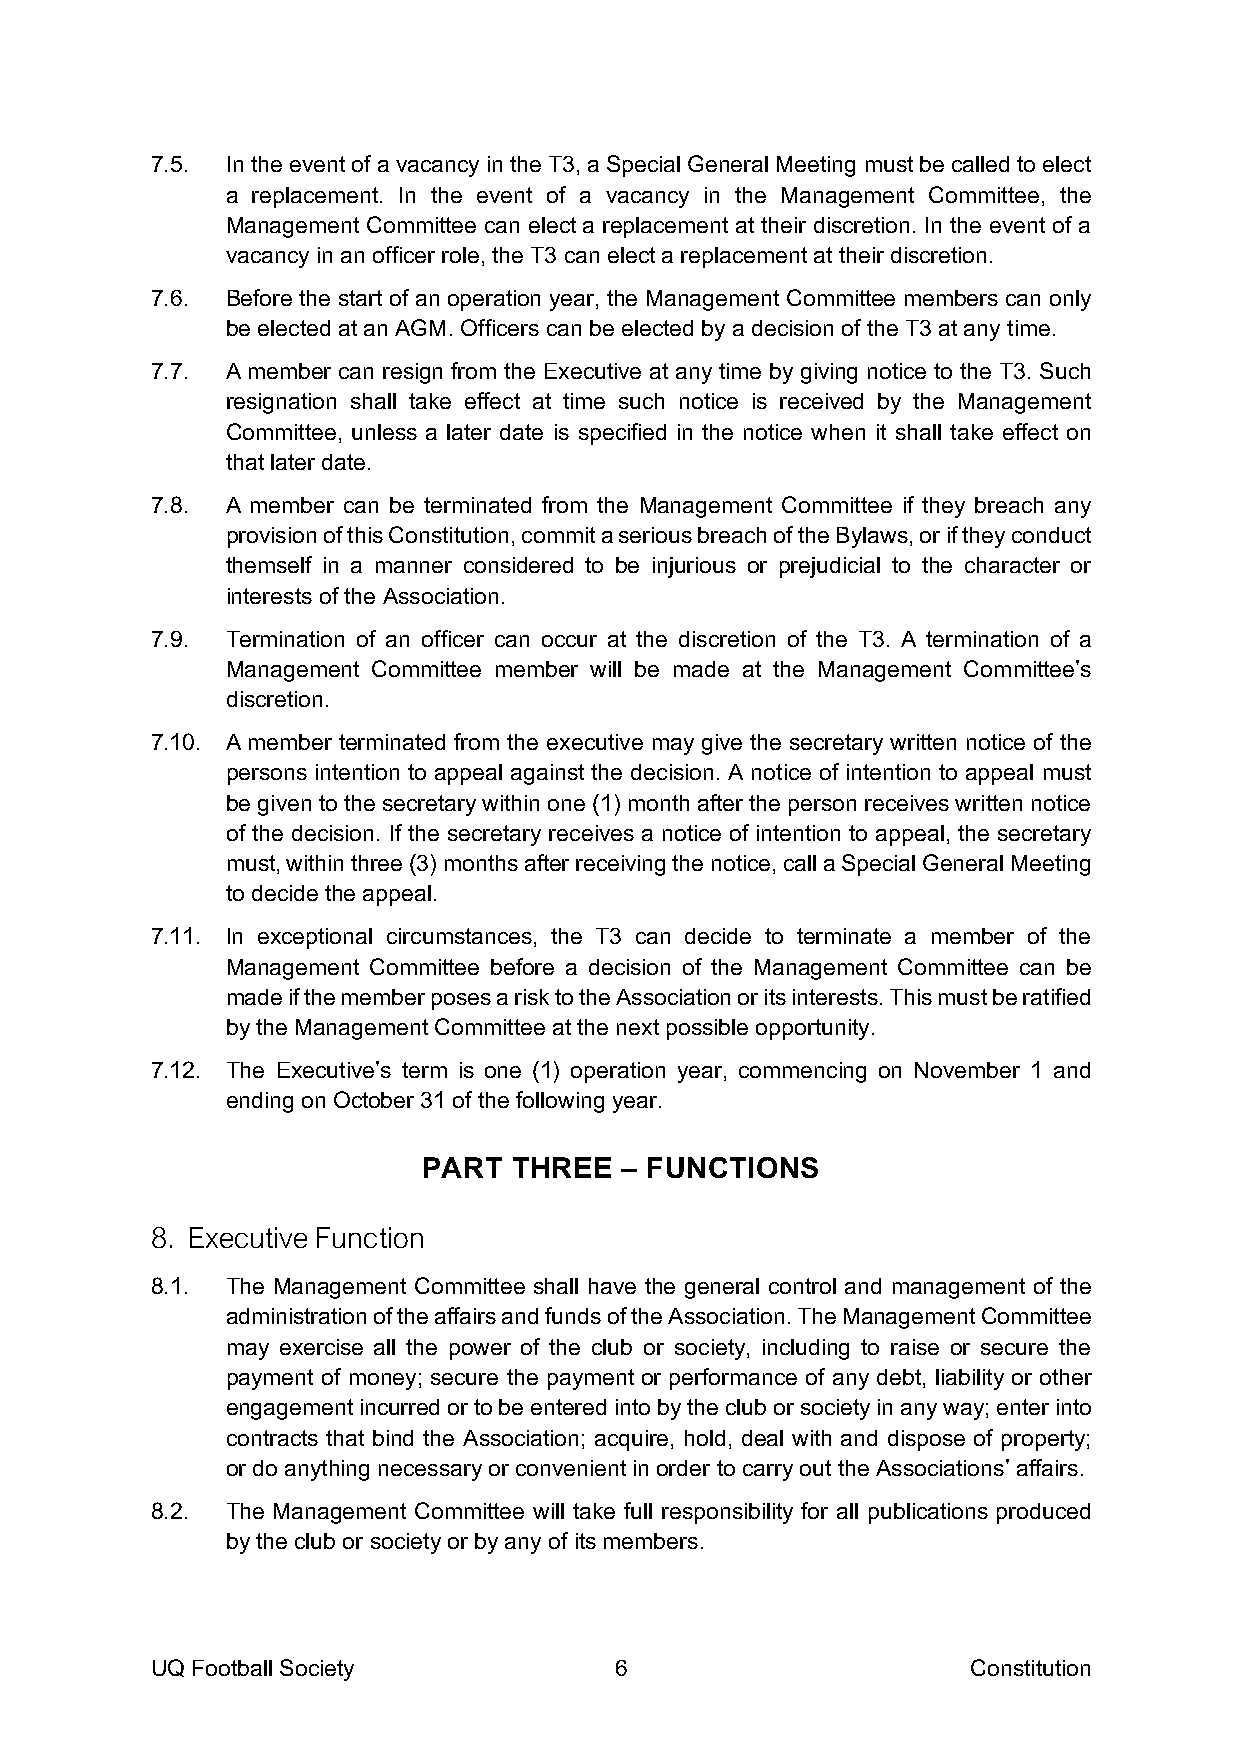
7.5. In the event of a vacancy in the T3, a Special General Meeting must be called to elect
 a replacement. In the event of a vacancy in the Management Committee, the
 Management Committee can elect a replacement at their discretion. In the event of a
 vacancy in an officer role, the T3 can elect a replacement at their discretion.
 7.6. Before the start of an operation year, the Management Committee members can only
 be elected at an AGM. Officers can be elected by a decision of the T3 at any time.
 7.7. A member can resign from the Executive at any time by giving notice to the T3. Such
 resignation shall take effect at time such notice is received by the Management
 Committee, unless a later date is specified in the notice when it shall take effect on
 that later date.
 7.8. A member can be terminated from the Management Committee if they breach any
 provision of this Constitution, commit a serious breach of the Bylaws, or if they conduct
 themself in a manner considered to be injurious or prejudicial to the character or
 interests of the Association.
 7.9. Termination of an officer can occur at the discretion of the T3. A termination of a
 Management Committee member will be made at the Management Committee’s
 discretion.
 7.10. A member terminated from the executive may give the secretary written notice of the
 persons intention to appeal against the decision. A notice of intention to appeal must
 be given to the secretary within one (1) month after the person receives written notice
 of the decision. If the secretary receives a notice of intention to appeal, the secretary
 must, within three (3) months after receiving the notice, call a Special General Meeting
 to decide the appeal.
 7.11. In exceptional circumstances, the T3 can decide to terminate a member of the
 Management Committee before a decision of the Management Committee can be
 made if the member poses a risk to the Association or its interests. This must be ratified
 by the Management Committee at the next possible opportunity.
 7.12. The Executive’s term is one (1) operation year, commencing on November 1 and
 ending on October 31 of the following year.
 PART  THREE  – FUNCTIONS
 8. Executive Function
 8.1. The Management Committee shall have the general control and management of the
 administration of the affairs and funds of the Association. The Management Committee
 may exercise all the power of the club or society, including to raise or secure the
 payment of money; secure the payment or performance of any debt, liability or other
 engagement incurred or to be entered into by the club or society in any way; enter into
 contracts that bind the Association; acquire, hold, deal with and dispose of property;
 or do anything necessary or convenient in order to carry out the Associations’ affairs.
 8.2. The Management Committee will take full responsibility for all publications produced
 by the club or society or by any of its members.
 UQ Football Society            6                      Constitution